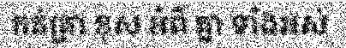
កត់ត្រា ខុស អំពី គ្នា ទាំងអស់